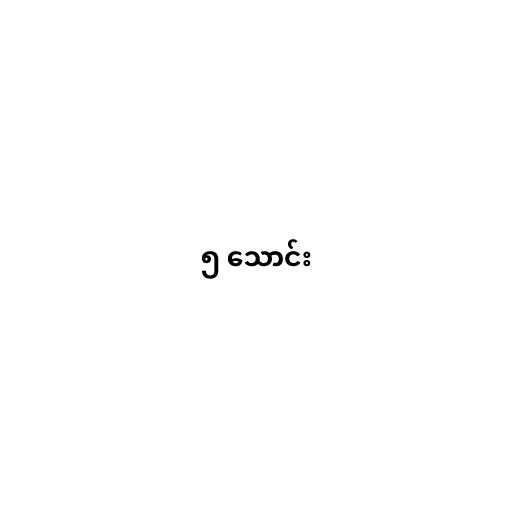
၅ သောင်း